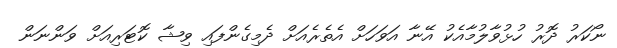
ނޯކަރު ދޮރު ހުޅުވާލުމާއެކު އޭނާ އަވަހަށް އެތެރެއަށް ދެމިގެންފައި ވިޝާ ކޮޓަރިއަށް ވަންނަން